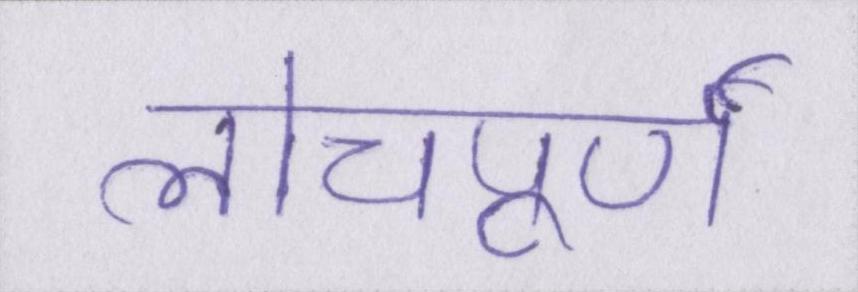
लोचपूर्ण